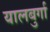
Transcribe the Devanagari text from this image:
यालबुर्गा